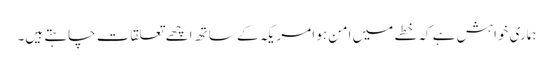
ہماری خواہش ہے کہ خطے میں امن ہو امریکہ کے ساتھ اچھے تعلقات چاہتے ہیں۔